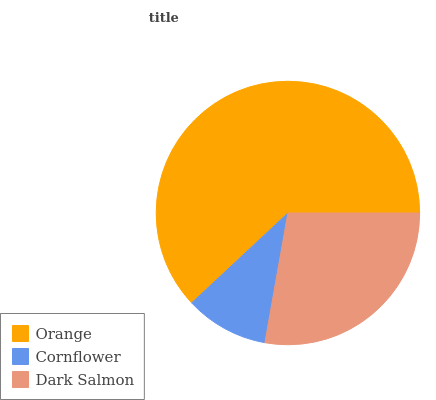
| Orange | Cornflower | Dark Salmon |
 | --- | --- | --- |
 | 61.9% | 10.2% | 27.8% |